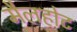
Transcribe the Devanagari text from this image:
मैलहोट